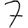
Digit: 7